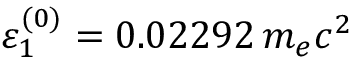
\varepsilon _ { 1 } ^ { ( 0 ) } = 0 . 0 2 2 9 2 \, m _ { e } c ^ { 2 }